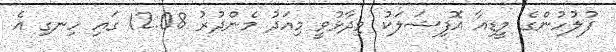
ފުލުހުންގެ މީޑިއާ އޮފިޝަލަކު ވިދާޅުވީ މިއަދު މެންދުރު 12:08 ގައި ހިނގި އެ